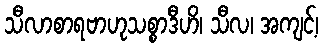
သီလာစာရဗာဟုသစ္စာဒီဟိ၊ သီလ၊ အကျင့်၊